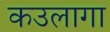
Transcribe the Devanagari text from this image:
कउलागा